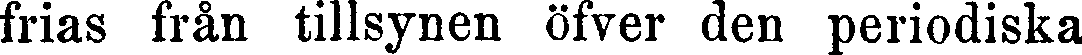
frias från tillsynen öfver den periodiska